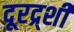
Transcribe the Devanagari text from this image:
दूरद्र्शी